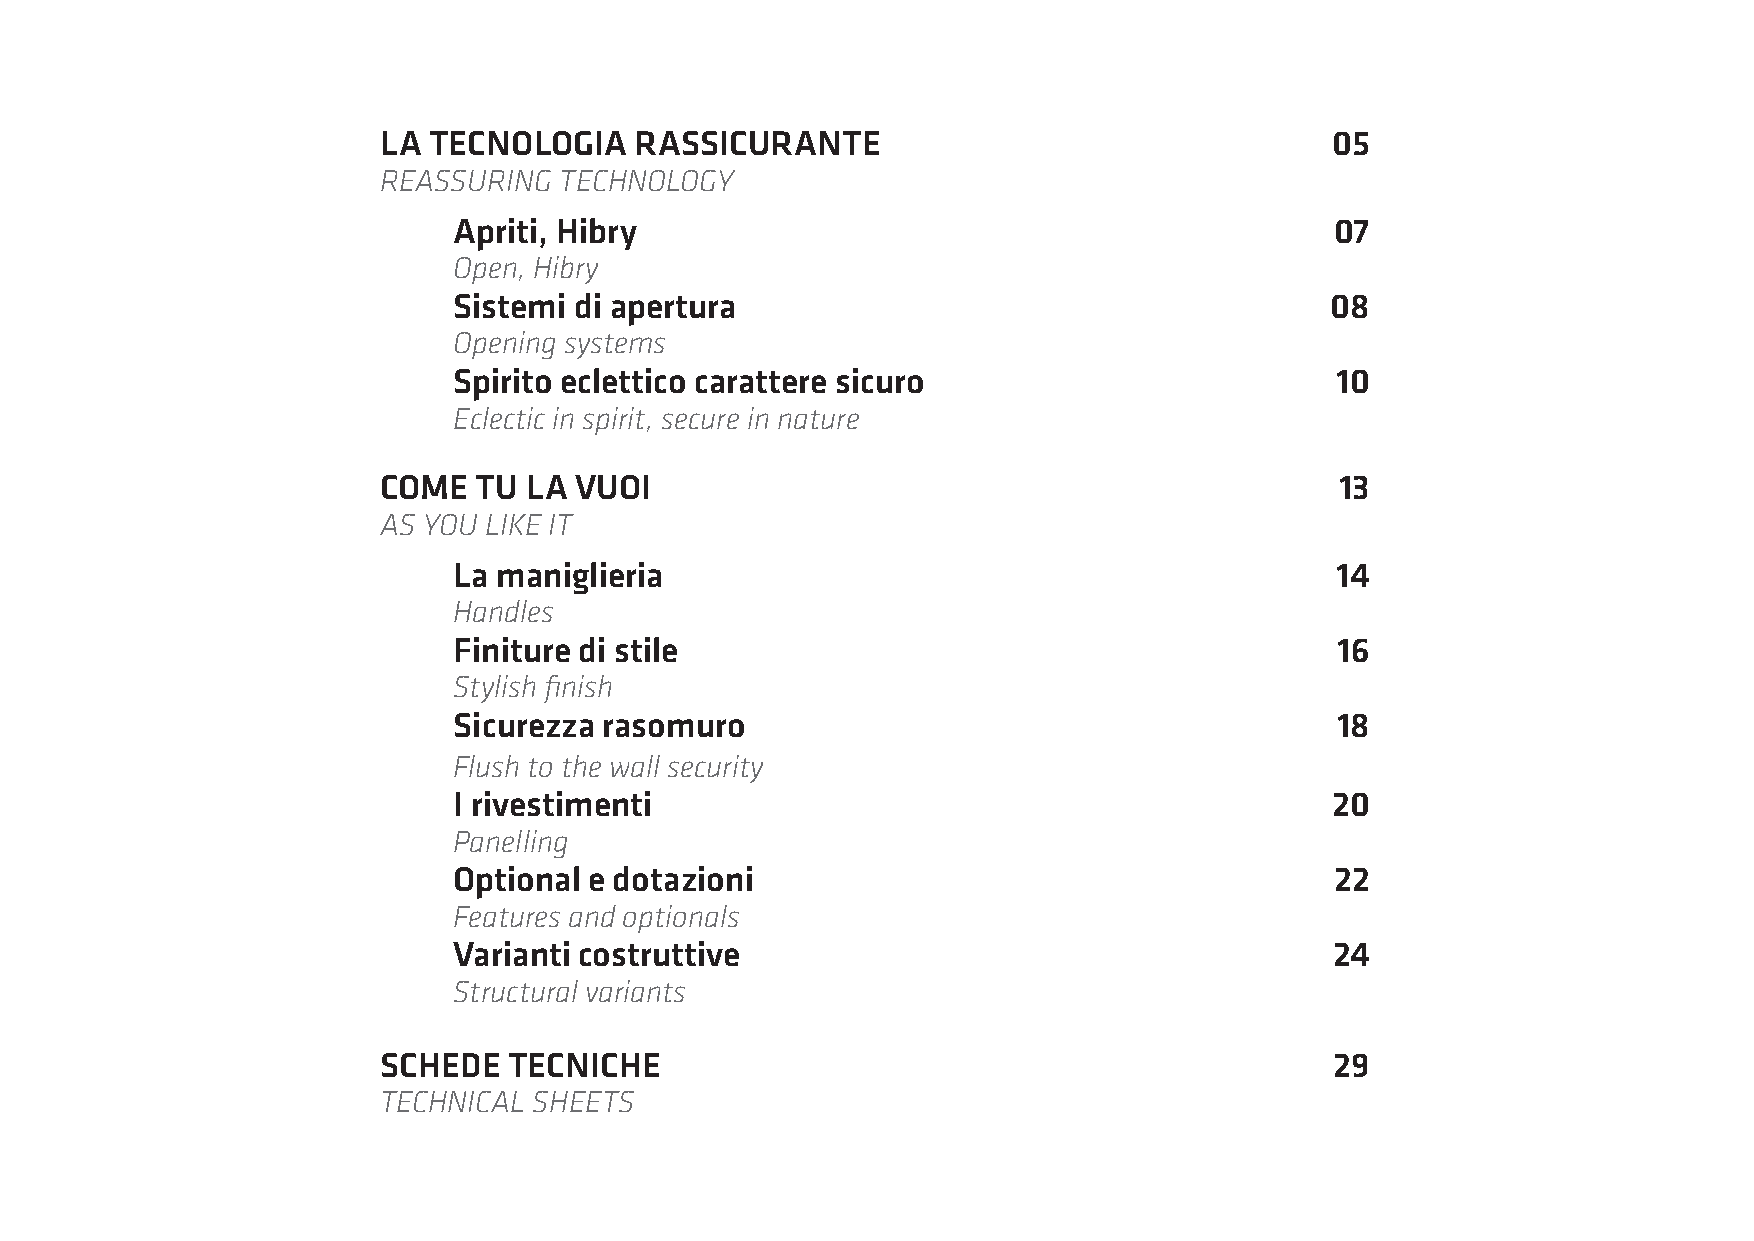
LA TECNOLOGIA    RASSICURANTE                                  05
 REASSURING  TECHNOLOGY
 Apriti, Hibry                                             07
 Open, Hibry
 Sistemi di apertura                                       08
 Opening systems
 Spirito eclettico carattere sicuro                        10
 Eclectic in spirit, secure in nature
 COME   TU LA VUOI                                               13
 AS YOU LIKE IT
 La maniglieria                                            14
 Handles
 Finiture di stile                                          16
 Stylish finish
 Sicurezza rasomuro                                        18
 Flush to the wall security
 I rivestimenti                                            20
 Panelling
 Optional e dotazioni                                      22
 Features and optionals
 Varianti costruttive                                      24
 Structural variants
 SCHEDE   TECNICHE                                              29
 TECHNICAL SHEETS